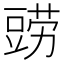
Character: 鿲